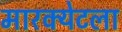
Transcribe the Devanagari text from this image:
मारक्येटला